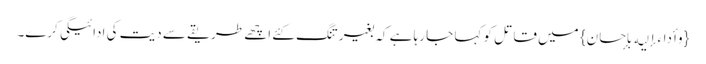
{وأداءإلیه بإحسان} میں قاتل کو کہا جا رہا ہے کہ بغیر تنگ کئے اچھے طریقے سے دیت کی ادائیگی کرے۔